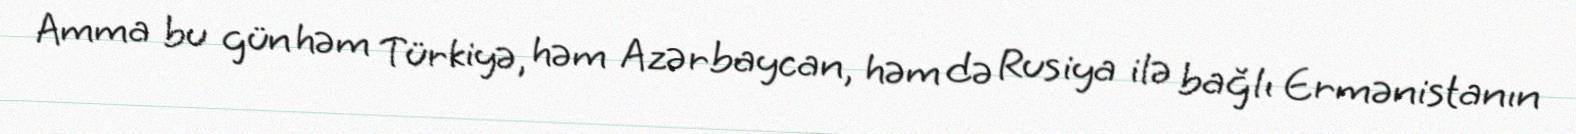
Amma bu gün həm Türkiyə, həm Azərbaycan, həm də Rusiya ilə bağlı Ermənistanın